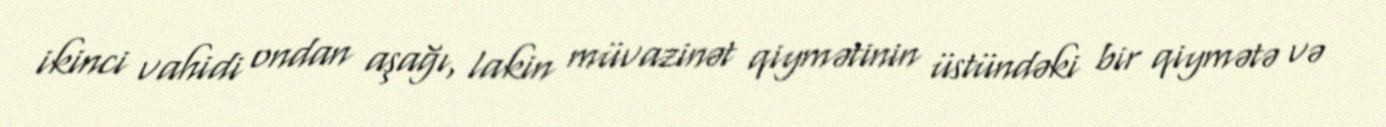
ikinci vahidi ondan aşağı, lakin müvazinət qiymətinin üstündəki bir qiymətə və